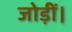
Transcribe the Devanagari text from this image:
जोड़ीं।